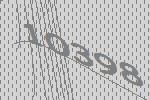
10398